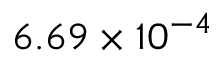
{ 6 . 6 9 \times 1 0 ^ { - 4 } }